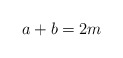
\begin{align*} a+b=2m\end{align*}